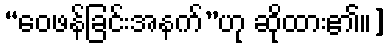
“ဝေဖန်ခြင်းအနက်”ဟု ဆိုထား၏။]